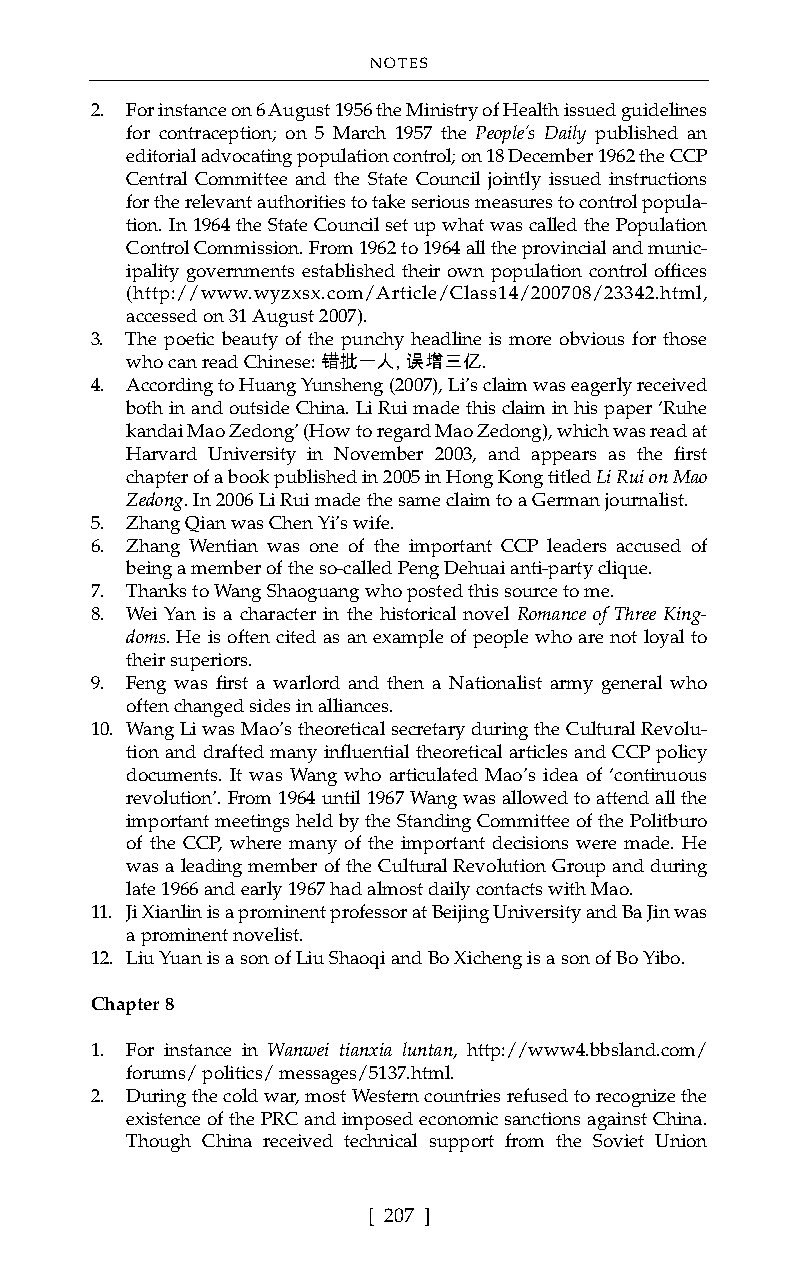
NOTES
 2. For instance on 6 August 1956 the Ministry of Health issued guidelines
 for contraception; on 5 March 1957 the People’s Daily published an
 editorial advocating population control; on 18 December 1962 the CCP
 Central Committee and the State Council jointly issued instructions
 for the relevant authorities to take serious measures to control popula-
 tion. In 1964 the State Council set up what was called the Population
 Control Commission. From 1962 to 1964 all the provincial and munic-
 ipality governments established their own population control offices
 (http://www.wyzxsx.com/Article/Class14/200708/23342.html,
 accessed on 31 August 2007).
 3. The poetic beauty of the punchy headline is more obvious for those
 who can read Chinese:错批一人, 误增三亿.
 4. According to Huang Yunsheng (2007), Li’s claim was eagerly received
 both in and outside China. Li Rui made this claim in his paper ‘Ruhe
 kandai Mao Zedong’ (How to regard Mao Zedong), which was read at
 Harvard University in November 2003, and appears as the first
 chapter of a book published in 2005 in Hong Kong titled Li Rui on Mao
 Zedong. In 2006 Li Rui made the same claim to a German journalist.
 5. Zhang Qian was Chen Yi’s wife.
 6. Zhang Wentian was one of the important CCP leaders accused of
 being a member of the so-called Peng Dehuai anti-party clique.
 7. Thanks to Wang Shaoguang who posted this source to me.
 8. Wei Yan is a character in the historical novel Romance of Three King-
 doms. He is often cited as an example of people who are not loyal to
 their superiors.
 9. Feng was first a warlord and then a Nationalist army general who
 often changed sides in alliances.
 10. Wang Li was Mao’s theoretical secretary during the Cultural Revolu-
 tion and drafted many influential theoretical articles and CCP policy
 documents. It was Wang who articulated Mao’s idea of ‘continuous
 revolution’. From 1964 until 1967 Wang was allowed to attend all the
 important meetings held by the Standing Committee of the Politburo
 of the CCP, where many of the important decisions were made. He
 was a leading member of the Cultural Revolution Group and during
 late 1966 and early 1967 had almost daily contacts with Mao.
 11. Ji Xianlin is a prominent professor at Beijing University and Ba Jin was
 a prominent novelist.
 12. Liu Yuan is a son of Liu Shaoqi and Bo Xicheng is a son of Bo Yibo.
 Chapter 8
 1. For instance in Wanwei tianxia luntan, http://www4.bbsland.com/
 forums/ politics/ messages/5137.html.
 2. During the cold war, most Western countries refused to recognize the
 existence of the PRC and imposed economic sanctions against China.
 Though China received technical support from the Soviet Union
 [ 207 ]